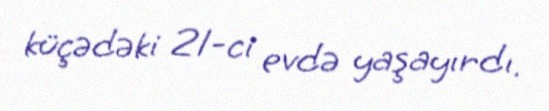
küçədəki 21-ci evdə yaşayırdı.